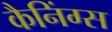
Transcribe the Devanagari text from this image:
कैनिंग्स